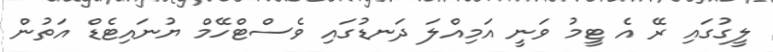
ލީގުގައި ރޭ އެ ޓީމު ވަނީ އަމިއްލަ ދަނޑުގައި ވެސްޓްހޭމް ޔުނައިޓެޑް އަތުން